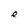
Character: e